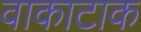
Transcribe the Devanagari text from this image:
वाकाटाक